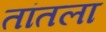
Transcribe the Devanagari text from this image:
तांतला